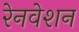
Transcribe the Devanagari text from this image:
रेनवेशन